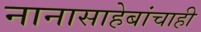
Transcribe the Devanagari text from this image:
नानासाहेबांचाही